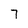
Character: 7